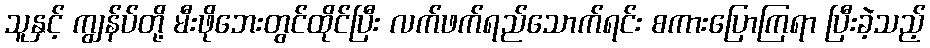
သူနှင့် ကျွန်ပ်တို့ မီးဖိုဘေးတွင်ထိုင်ပြီး လက်ဖက်ရည်သောက်ရင်း စကားပြောကြရာ ပြီးခဲ့သည့်